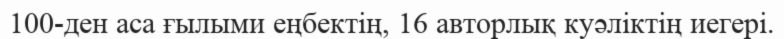
100-ден аса ғылыми еңбектің, 16 авторлық куәліктің иегері.